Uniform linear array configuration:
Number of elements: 24
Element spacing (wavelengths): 0.25
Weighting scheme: hamming
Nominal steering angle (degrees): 60
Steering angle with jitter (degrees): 60.999
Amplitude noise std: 0.05
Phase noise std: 0.05

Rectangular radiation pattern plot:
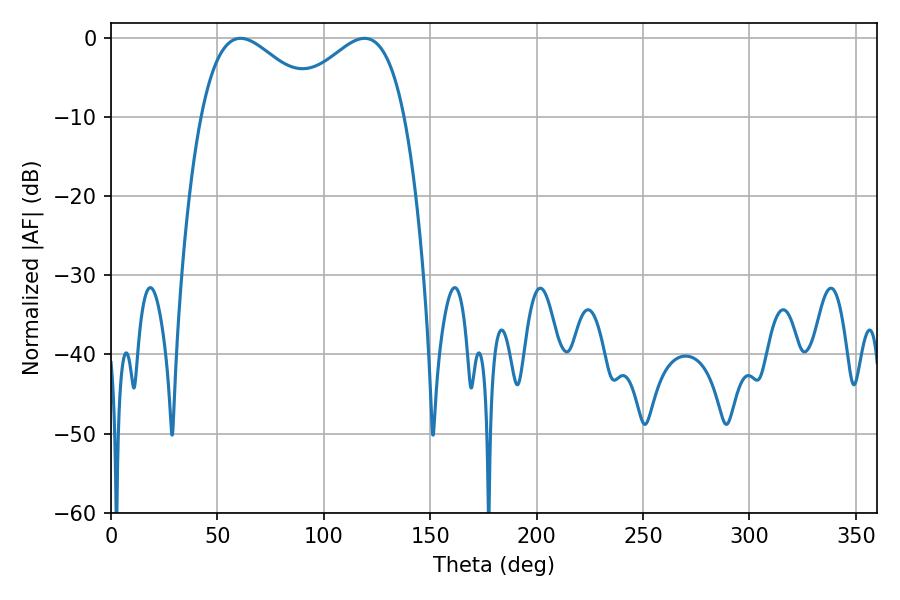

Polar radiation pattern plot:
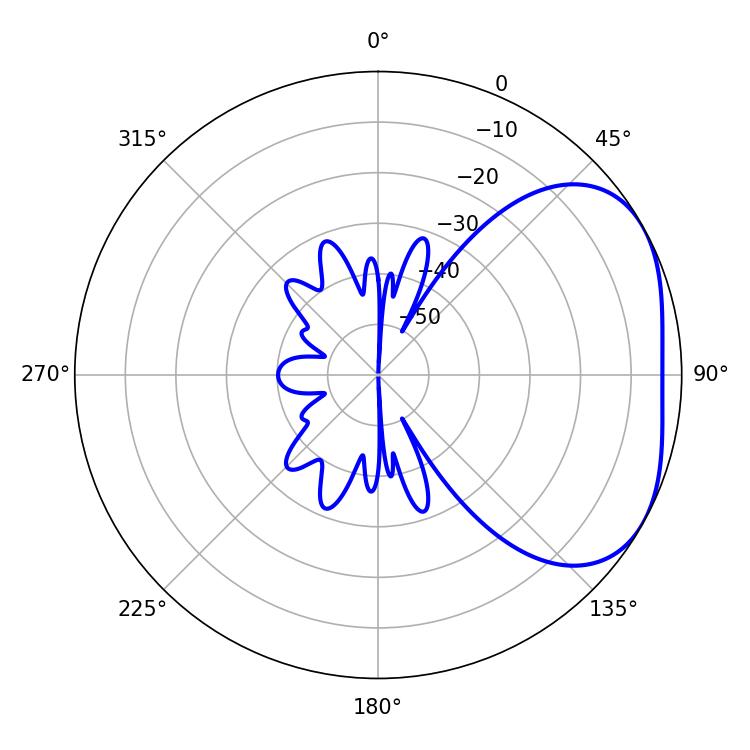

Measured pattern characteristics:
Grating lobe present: FALSE
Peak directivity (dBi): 3.193
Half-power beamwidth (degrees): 30.6
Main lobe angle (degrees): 60.84